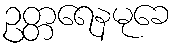
ဥတ္တရေနမုခေ